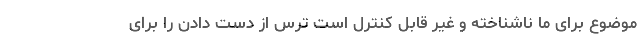
موضوع برای ما ناشناخته و غیر قابل کنترل است ترس از دست دادن را برای